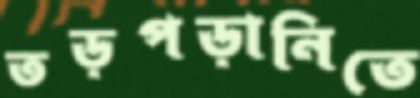
তড়পড়ানিতে